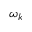
\omega _ { k }